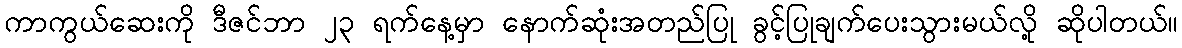
ကာကွယ်ဆေးကို ဒီဇင်ဘာ ၂၃ ရက်နေ့မှာ နောက်ဆုံးအတည်ပြု ခွင့်ပြုချက်ပေးသွားမယ်လို့ ဆိုပါတယ်။